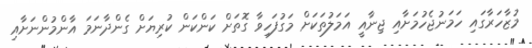
މުޒާހަރާގައި ހަމަނުޖެހުމަށާއި ޖިނާއީ އަމަލުތަކަށް މަގުފަހިވާ ގޮތަށް ކަންކަން ކުރިޔަށް ގެންދާނަމަ އާންމުންނަށާއި